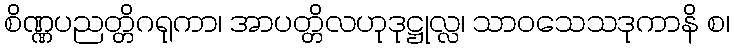
စိဏ္ဏပညတ္တိဂရုကာ၊ အာပတ္တိလဟုဒုဋ္ဌုလ္လ၊ သာဝသေသဒုကာနိ စ၊